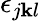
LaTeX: \epsilon_{j\mathbf{k}l}